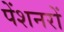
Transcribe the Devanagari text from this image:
पेंशनरों